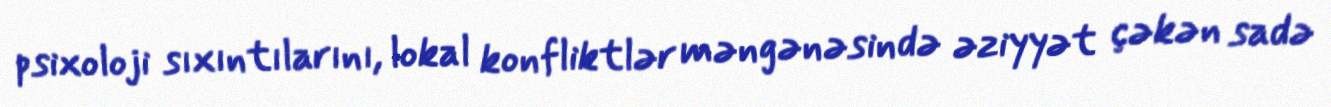
psixoloji sıxıntılarını, lokal konfliktlər məngənəsində əziyyət çəkən sadə